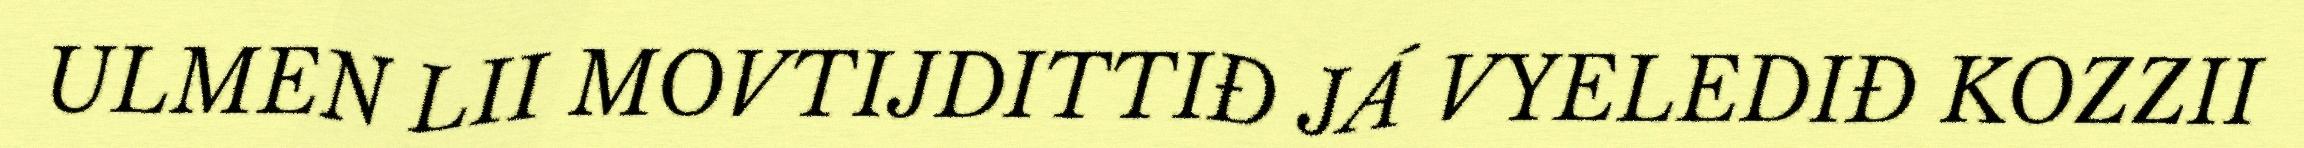
ULMEN LII MOVTIJDITTIĐ JÁ VYELEDIĐ KOZZII